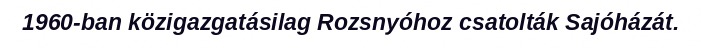
1960-ban közigazgatásilag Rozsnyóhoz csatolták Sajóházát.